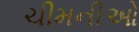
ચીમનીઓ